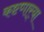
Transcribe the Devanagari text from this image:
कष्टणार्‍या